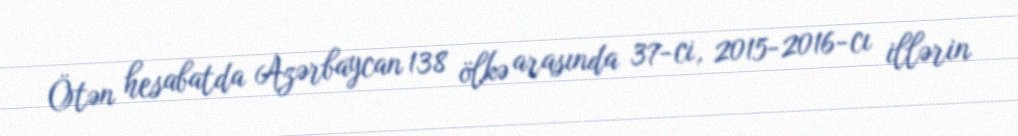
Ötən hesabatda Azərbaycan 138 ölkə arasında 37-ci, 2015-2016-cı illərin